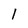
Character: 1